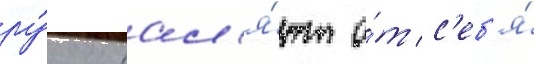
ру́ку отдал'я́ют о́т с'еб'я́